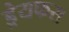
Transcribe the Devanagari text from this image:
ड्रेयफस